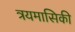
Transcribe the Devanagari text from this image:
त्रयमासिकी